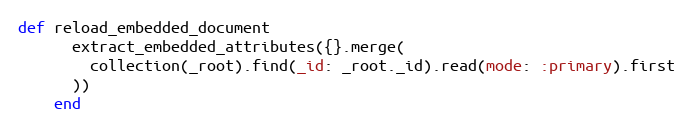
Language: Ruby
def reload_embedded_document
      extract_embedded_attributes({}.merge(
        collection(_root).find(_id: _root._id).read(mode: :primary).first
      ))
    end